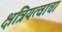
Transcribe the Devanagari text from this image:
क्षत्रियत्वाचा